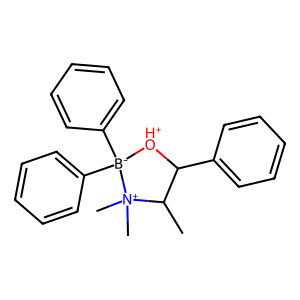
SMILES: CC1C(c2ccccc2)[OH+][B-](c2ccccc2)(c2ccccc2)[N+]1(C)C
Inhibits HIV replication: No